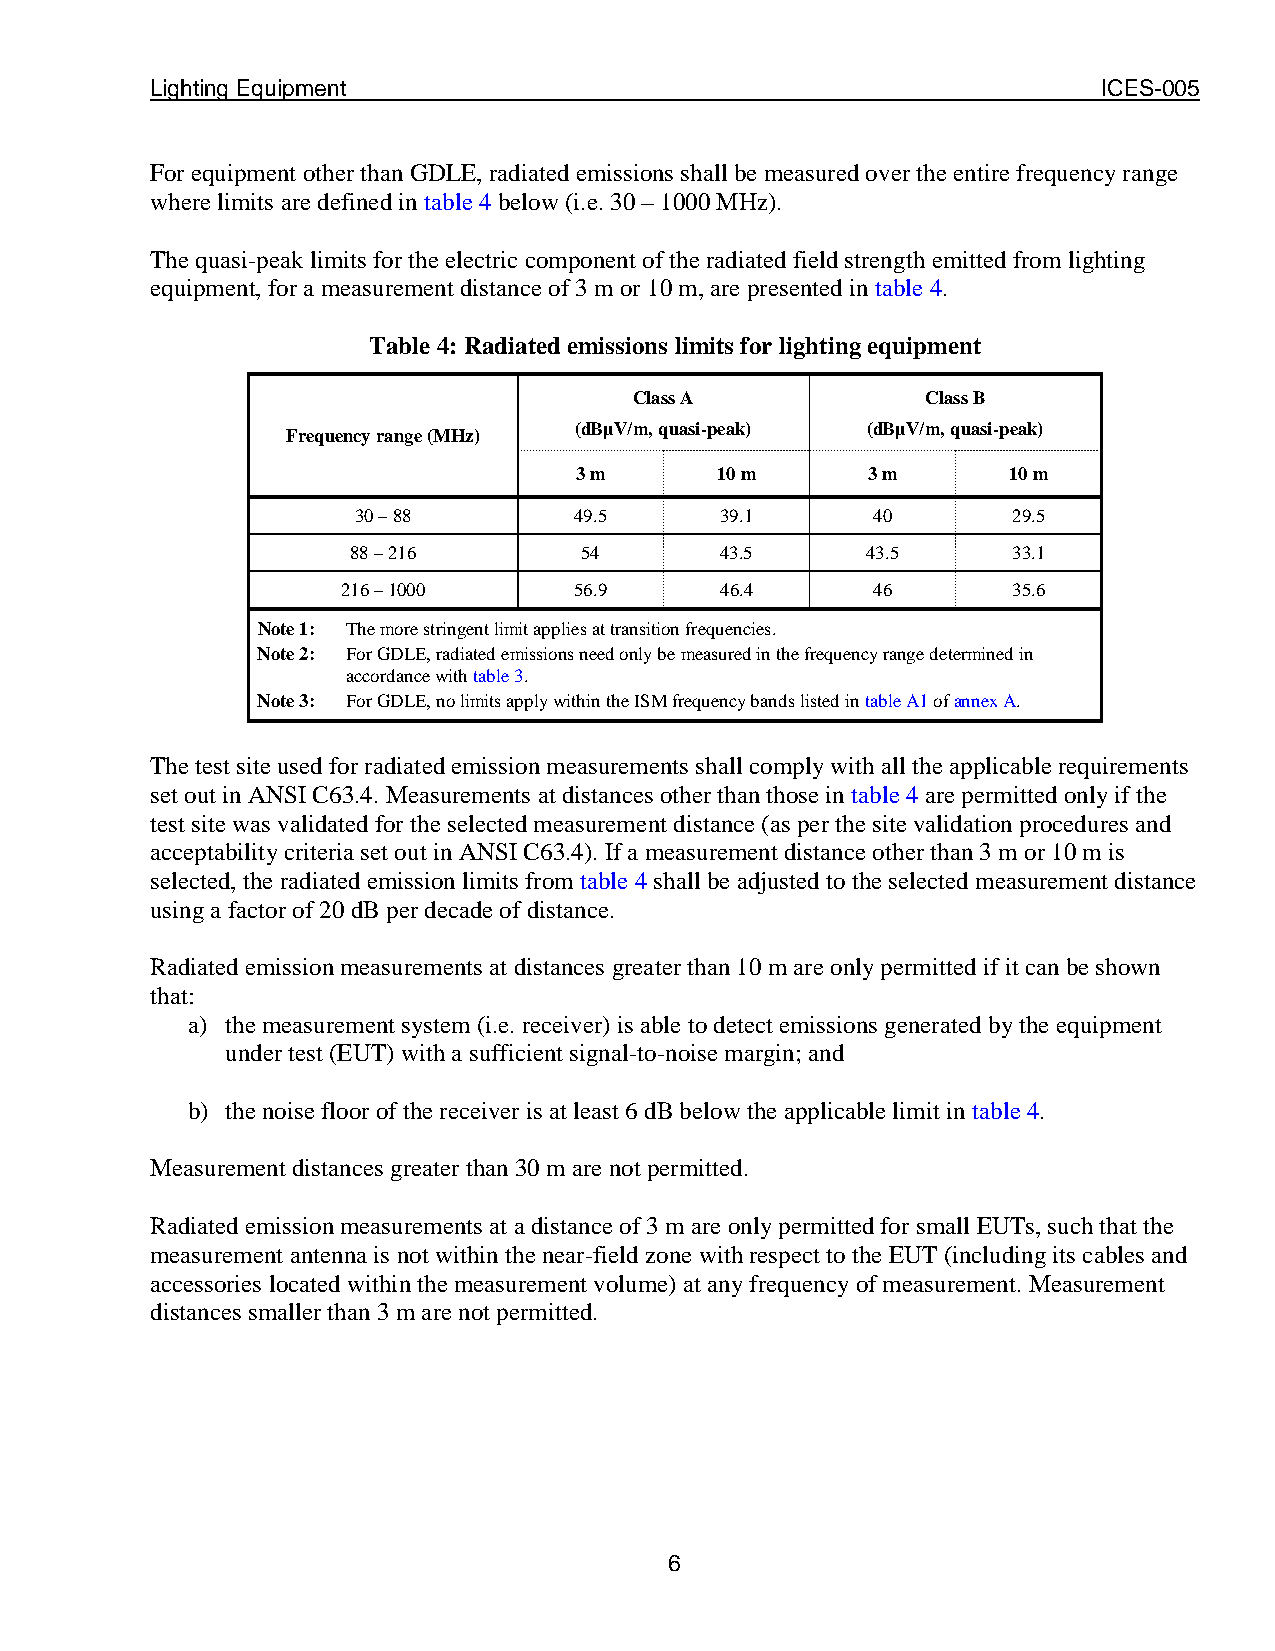
Lighting Equipment                                             ICES-005
 For equipment other than GDLE, radiated emissions shall be measured over the entire frequency range
 where limits are defined in table 4 below (i.e. 30 – 1000 MHz).
 The quasi-peak limits for the electric component of the radiated field strength emitted from lighting
 equipment, for a measurement distance of 3 m or 10 m, are presented in table 4.
 Table 4: Radiated emissions limits for lighting equipment
 Class A            Class B
 (dBμV/m, quasi-peak) (dBμV/m, quasi-peak)
 Frequency range (MHz)
 3 m      10 m      3 m       10 m
 30 – 88       49.5      39.1      40       29.5
 88 – 216       54        43.5     43.5      33.1
 216 – 1000     56.9      46.4      46       35.6
 Note 1: The more stringent limit applies at transition frequencies.
 Note 2: For GDLE, radiated emissions need only be measured in the frequency range determined in
 accordance with table 3.
 Note 3: For GDLE, no limits apply within the ISM frequency bands listed in table A1 of annex A.
 The test site used for radiated emission measurements shall comply with all the applicable requirements
 set out in ANSI C63.4. Measurements at distances other than those in table 4 are permitted only if the
 test site was validated for the selected measurement distance (as per the site validation procedures and
 acceptability criteria set out in ANSI C63.4). If a measurement distance other than 3 m or 10 m is
 selected, the radiated emission limits from table 4 shall be adjusted to the selected measurement distance
 using a factor of 20 dB per decade of distance.
 Radiated emission measurements at distances greater than 10 m are only permitted if it can be shown
 that:
 a) the measurement system (i.e. receiver) is able to detect emissions generated by the equipment
 under test (EUT) with a sufficient signal-to-noise margin; and
 b) the noise floor of the receiver is at least 6 dB below the applicable limit in table 4.
 Measurement distances greater than 30 m are not permitted.
 Radiated emission measurements at a distance of 3 m are only permitted for small EUTs, such that the
 measurement antenna is not within the near-field zone with respect to the EUT (including its cables and
 accessories located within the measurement volume) at any frequency of measurement. Measurement
 distances smaller than 3 m are not permitted.
 6